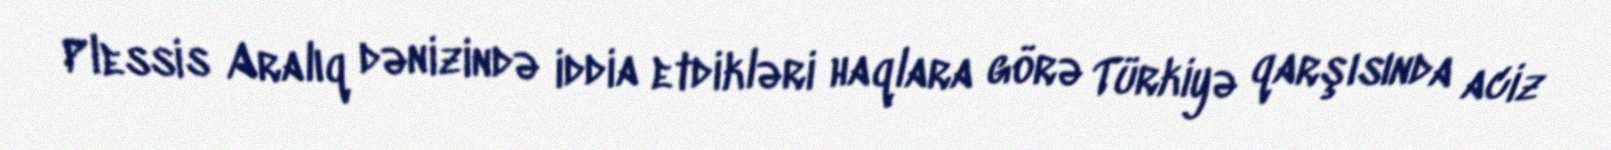
Plessis Aralıq dənizində iddia etdikləri haqlara görə Türkiyə qarşısında aciz